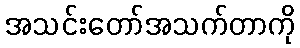
အသင်းတော်အသက်တာကို